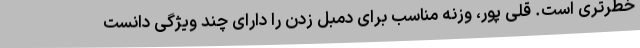
خطرتری است. قلی پور، وزنه مناسب برای دمبل زدن را دارای چند ویژگی دانست